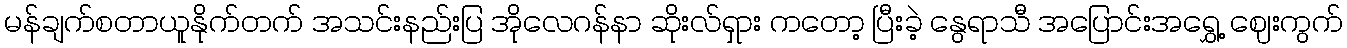
မန်ချက်စတာယူနိုက်တက် အသင်းနည်းပြ အိုလေဂန်နာ ဆိုးလ်ရှား ကတော့ ပြီးခဲ့ နွေရာသီ အပြောင်းအရွှေ့ ဈေးကွက်